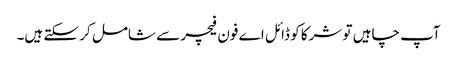
آپ چاہیں تو شرکا کو ڈائل ا ے فون فیچر سے شامل کر سکتے ہیں۔